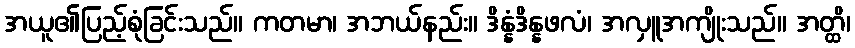
အယူ၏ပြည့်စုံခြင်းသည်။ ကတမာ၊ အဘယ်နည်း။ ဒိန္နံဒိန္နဖလံ၊ အလှူအကျိုးသည်။ အတ္ထိ၊